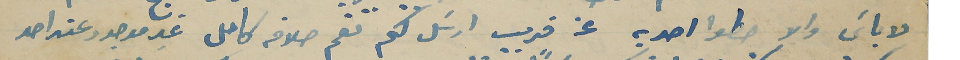
لاباسَ والا حطوا احد به عن قريب ارسَل لكم تقم حلاقه كامل غير موجود عند احد